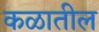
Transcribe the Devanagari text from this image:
कळातील